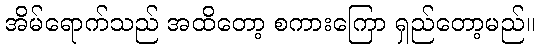
အိမ်ရောက်သည် အထိတော့ စကားကြော ရှည်တော့မည်။